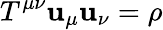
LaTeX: T^{\mu\nu}\mathbf{u}_{\mu}\mathbf{u}_{\nu}=\rho